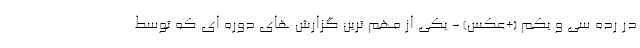
در رده سی و یکم (+عکس) - یکی از مهم ترین گزارش های دوره ای که توسط